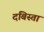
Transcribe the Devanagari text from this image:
दबिस्तां